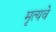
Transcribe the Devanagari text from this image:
मृत्यवे